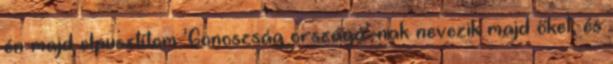
én majd elpusztítom ‘Gonoszság országá’-nak nevezik majd őket, és